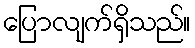
ပြောလျက်ရှိသည်။